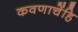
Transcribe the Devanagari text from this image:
कवणाचेंहि